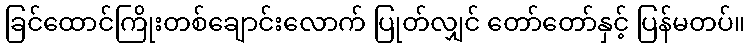
ခြင်ထောင်ကြိုးတစ်ချောင်းလောက် ပြုတ်လျှင် တော်တော်နှင့် ပြန်မတပ်။